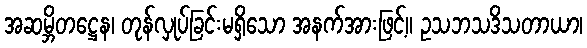
အဆမ္ဘိတဋ္ဌေန၊ တုန်လှုပ်ခြင်းမရှိသော အနက်အားဖြင့်။ ဥသဘသဒိသတာယာ၊